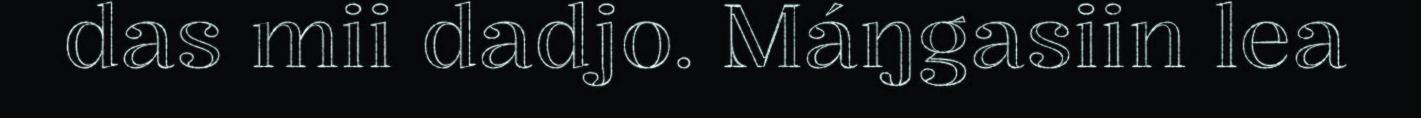
das mii dadjo. Máŋgasiin lea